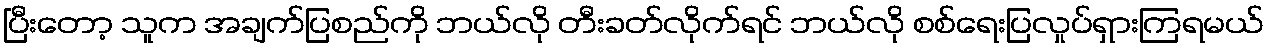
ပြီးတော့ သူက အချက်ပြစည်ကို ဘယ်လို တီးခတ်လိုက်ရင် ဘယ်လို စစ်ရေးပြလှုပ်ရှားကြရမယ်